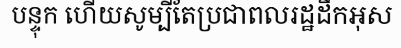
បន្ទុក ហើយសូម្បីតែប្រជាពលរដ្ឋដឹកអុស